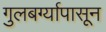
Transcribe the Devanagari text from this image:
गुलबर्ग्यापासून